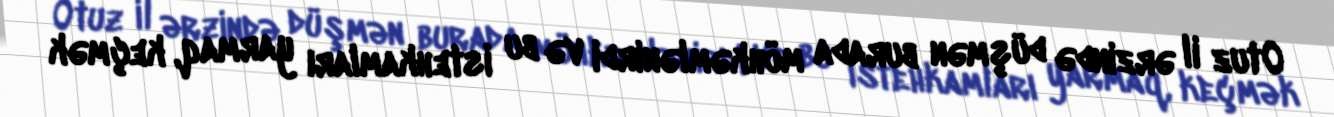
Otuz il ərzində düşmən burada möhkəmlənirdi və bu istehkamları yarmaq, keçmək